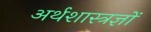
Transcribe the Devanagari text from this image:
अर्थशास्त्रज्ञों